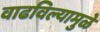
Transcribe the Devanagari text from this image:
वाढविल्यामुळे